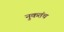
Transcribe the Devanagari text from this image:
नुकतंच